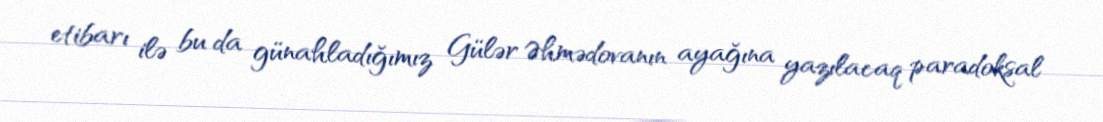
etibarı ilə bu da günahladığımız Gülər Əhmədovanın ayağına yazılacaq paradoksal